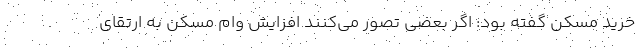
خرید مسکن گفته بود: اگر بعضی تصور می‌کنند افزایش وام مسکن به ارتقای